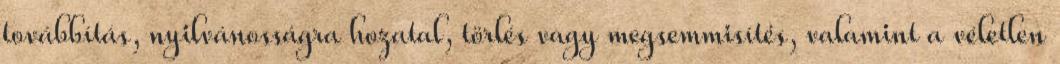
továbbítás, nyilvánosságra hozatal, törlés vagy megsemmisítés, valamint a véletlen